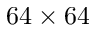
6 4 \times 6 4